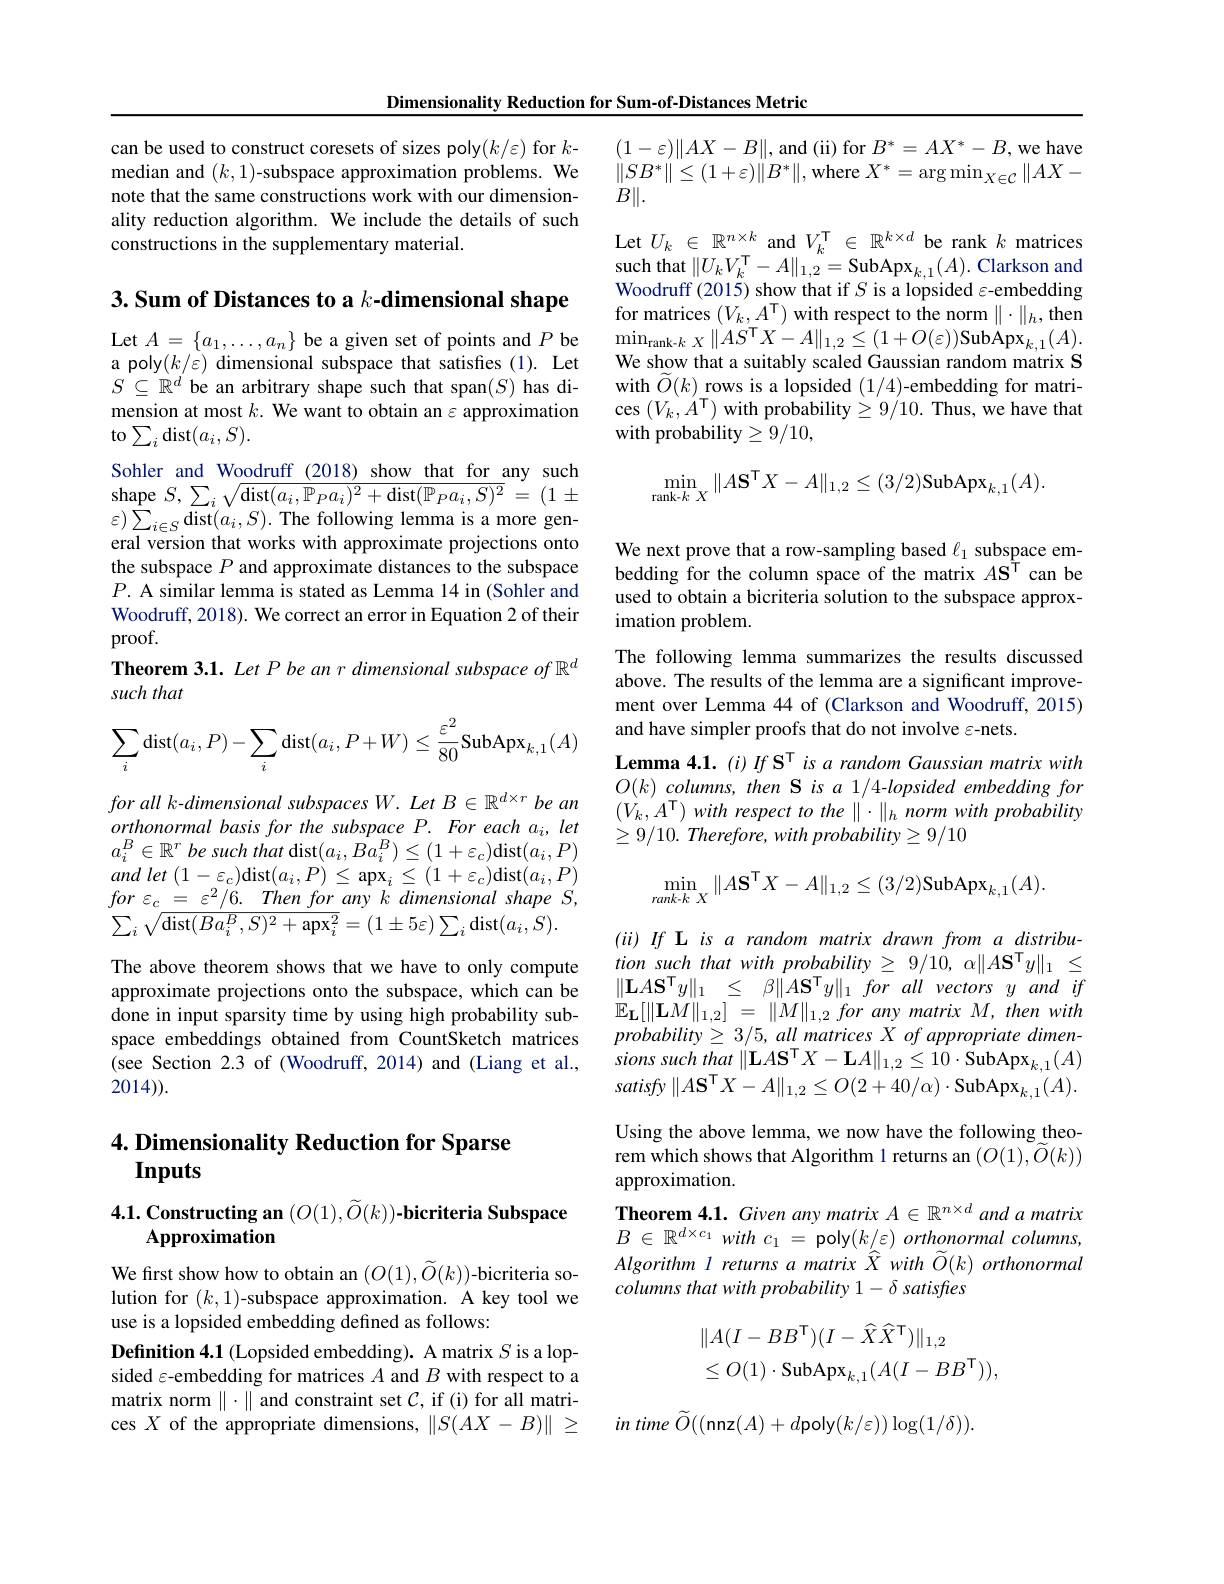
Dimensionality Reduction for Sum-of-Distances Metric

can be used to construct coresets of sizes poly(k/ε) for $k$- median and $(k,1)$-subspace approximation problems. We note that the same constructions work with our dimensionality reduction algorithm. We include the details of such constructions in the supplementary material.

3. Sum of Distances to a $k\textbf{- dimensional shape}$

Let $A=\{a_1,\ldots,a_n\}$ be a given set of points and $P$ be a poly$(k/\varepsilon)$ dimensional subspace that satisfies (1). Let $S\subseteq\mathbb{R}^d$ be an arbitrary shape such that span($S)$ has dimension at most $k.$ We want to obtain an $\varepsilon$ approximation to$\sum_i$dist$(a_i,S).$
Sohler and Woodruff (2018) show that for any such shape $S,\sum_i\sqrt{\mathrm{dist}(a_i,\mathbb{P}_Pa_i)^2+\mathrm{dist}(\mathbb{P}_Pa_i,S)^2}=(1\pm$ $\varepsilon)\sum_{i\in S}$dist$(a_i,S).$The following lemma is a more general version that works with approximate projections onto the subspace $P$ and approximate distances to the subspace $P.$ A similar lemma is stated as Lemma 14 in (Sohler and Woodruff, 2018). We correct an error in Equation 2 of their proof.
Theorem 3.1. Let P be an r dimensional subspace of $\mathbb{R}^d$
such that
$$\begin{aligned}\sum_i\text{dist}(a_i,P)-\sum_i\text{dist}(a_i,P+W)\leq\frac{\varepsilon^2}{80}\text{SubApx}_{k,1}(A)\end{aligned}$$
for all k-dimensional subspaces W. Let B € $\mathbb{R}^d\times r$ be an $orthonormalbasisforthesubspaceP.Foreacha_{i},let$ $a_{i}^{B}\in\mathbb{R}^{r}$ be such that dist$(a_i,Ba_i^B)\leq(1+\varepsilon_c)$dist$(a_i,P)$ and let $( 1- \varepsilon _{c})$dist$(a_i,P)\le\underset{c}{\operatorname*{\operatorname*{apx}}}\le(1+\varepsilon_{c})$dist$(a_i,P)$ $for\varepsilon_{c}\underline{=\:\varepsilon^{2}/6.\:Then\:for\:any\:k\:dimensional\:shape\:S,}$ $\sum_{i}\sqrt{\mathrm{dist}(Ba_{i}^{B},S)^{2}+\mathrm{apx}_{i}^{2}}=(1\pm5\varepsilon)\sum_{i}$dist$(a_{i},S).$

The above theorem shows that we have to only compute approximate projections onto the subspace, which can be done in input sparsity time by using high probability subspace embeddings obtained from CountSketch matrices (see Section 2.3 of (Woodruff, 2014) and (Liang et al., 2014)).

## $4. \textbf{Dimensionality Reduction for Sparse}$ Inputs

4.1. Constructing an $( O( 1) , \widetilde{O} ( k) ) \textbf{- bicriteria Subspace}$
Approximation

We frst show how to obtain an $(O(1),\widetilde{O}(k))$-bicriteria solution for $(k,1)$-subspace approximation. A key tool we use is a lopsided embedding defined as follows:

Definition 4.1 (Lopsided embedding). A matrix $S$ is a lopsided $\varepsilon$-embedding for matrices $A$ and $B$ with respect to a matrix norm $\|\cdot\|$ and constraint set $\mathcal{C}$, if (i) for all matrices $X$ of the appropriate dimensions, $\|S(AX-B)\|\geq$

$(1-\varepsilon)\|AX-B\|$,and (ii)for $B^*=AX^*-B$,we have $\|SB^{*}\|\leq(1+\varepsilon)\|B^{*}\|$,where $X^*=\arg\min_X\in\mathcal{C}\|AX-$ $\stackrel{}{B}\|.$
Let $U_k\in\mathbb{R}^{n\times k}$ and $V_k^{\mathsf{T}}\in\mathbb{R}^{k\times d}$ be rank $k$ matrices $\begin{array}{l}{\mathrm{such~that}}\|U_{k}V_{k}^{\mathrm{T}}-A\|_{1,2}^{\mathrm{T}}=\mathrm{SubApx}_{k,1}(A).\text{ Clarkson and}\\{\mathrm{Woodruff~(2015)~show~that~if~}S~\mathrm{is~a~lopsided~\varepsilon-embedding}}\end{array}$ for matrices $(V_k,A^{\mathsf{T}})$ with respect to the norm $\|\cdot\|_h$, then $\operatorname*{min}_{\text{rank-}k\:X}\|AS^{\mathrm{T}}X-A\|_{1,2}\leq(1+O(\varepsilon))$SubApx$_k,1(A).$ We show that a suitably scaled Gaussian random matrix S with $\widetilde O(k)$ rows is a lopsided (1/4)-embedding for matrices $(V_{k},A^{\mathsf{T}})$ with probability$\geq9/10.$ Thus, we have that with probability$\geq9/10$,
$$\min_{\text{rank-}k\:X}\|A\mathbf{S}^{\mathsf{T}}X-A\|_{1,2}\leq(3/2)\mathrm{SubApx}_{k,1}(A).$$
We next prove that a row-sampling based $\ell_1$ subspace embedding for the column space of the matrix $A\mathbf{S}^{\tilde{\daleth}}$ can be used to obtain a bicriteria solution to the subspace approximation problem.
The following lemma summarizes the results discussed above. The results of the lemma are a significant improvement over Lemma 44 of (Clarkson and Woodruff, 2015) and have simpler proofs that do not involve $\varepsilon$-nets.
Lemma 4.1. (i) If S' is a random Gaussian matrix with $O( k) \textit{columns, then S is a 1/ 4- lopsided embedding for}$ $(V_{k},A^{\mathrm{T}})with$ respect to the $\|\cdot\|_h$ norm with probability $\geq 9/ 10. \textit{Therefore, with probability}\geq 9/ 10$
$$\min_{rank-k\:X}\|A\mathbf{S}^{\mathsf{T}}X-A\|_{1,2}\leq(3/2)\mathrm{SubApx}_{k,1}(A).$$
$(ii)If$ L is a random matrix drawn from a distribution such that with probability $\geq$ 9/10, $\alpha\|A\mathbf{S}^{\mathsf{T}}y\|_1\leq$ $\| \mathbf{L} A\mathbf{S} ^{\mathsf{T} }y\| _{1}$ $\leq$ $\beta \| A\mathbf{S} ^{\mathsf{T} }y\| _{1}$ for all vectors $y$ and $if$ $\mathbb{E} _\mathbf{L} [ \| \mathbf{L} M\| _{1, 2}]$ = $\| M\| _{1, 2}$ for any matrix $M$, then with $probability\geq3/5,all$ matrices $X\textit{of appropriate dimen- }$ sions such that $\| \mathbf{L} A\mathbf{S} ^{\mathsf{T} }X- \mathbf{L} A\| _{1, 2}\leq 10\cdot \mathbf{SubApx}_{k, 1}( A)$ $satisfy\|A\mathbf{S}^{\mathsf{T}}X-A\|_{1,2}\leq O(2+40/\alpha)\cdot$SubApx$_k,1(A).$ Using the above lemma, we now have the following theorem which shows that Algorithm 1 returns an $(O(1),\tilde{O}(k))$ approximation.
Theorem 4.1. Given any matrix $A\in\mathbb{R}^{n\times d}$ and a matrix $B\in \mathbb{R} ^{d\times c_1}with$ $c_1=$poly$( k/ \varepsilon )$ orthonormal $columns$, Algorithm l returns a matrix $\hat{X}$ with $\tilde{O}(k)$ orthonormal columns that with probability 1- δ satisfies
$$\begin{array}{l}\|A(I-BB^\mathsf{T})(I-\widehat{X}\widehat{X}^\mathsf{T})\|_{1,2}\\\leq O(1)\cdot\mathsf{SubApx}_{k,1}(A(I-BB^\mathsf{T})),\end{array}$$
$in$ time $\widetilde{O} ( ($nnz$(A)+d$poly$(k/\varepsilon))\log(1/\delta)).$